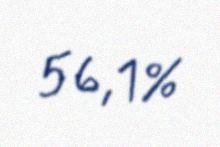
56,1%